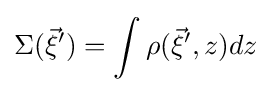
\Sigma ({\vec {\xi }}^{\prime })=\int \rho ({\vec {\xi }}^{\prime },z)dz